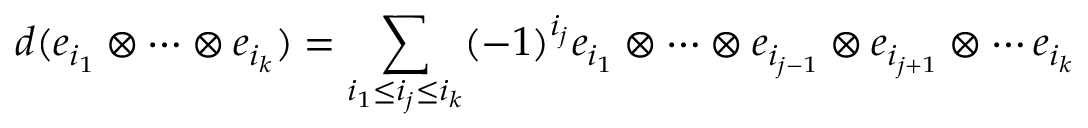
d ( e _ { i _ { 1 } } \otimes \cdots \otimes e _ { i _ { k } } ) = \sum _ { i _ { 1 } \leq i _ { j } \leq i _ { k } } ( - 1 ) ^ { i _ { j } } e _ { i _ { 1 } } \otimes \cdots \otimes e _ { i _ { j - 1 } } \otimes e _ { i _ { j + 1 } } \otimes \cdots e _ { i _ { k } }